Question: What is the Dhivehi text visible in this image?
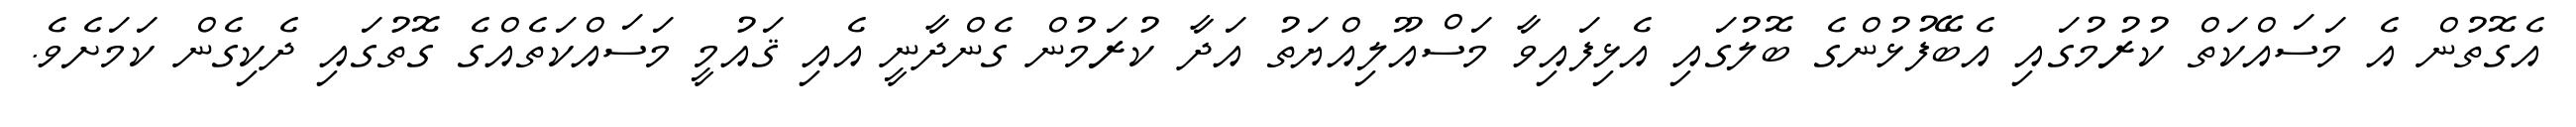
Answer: އެގޮތުން އެ މަސައްކަތް ކުރުމުގައި އެބޭފުޅުންގެ ބޮލުގައި އެޅިފައިވާ މަސްއޫލިއްޔަތު އަދާ ކުރަމުން ގެންދާނީ އެއި ޤައުމީ މަސައްކަތެއްގެ ގޮތުގައި ދެކިގެން ކަމަށެވެ.